Laidoner,_Johan, lk 43
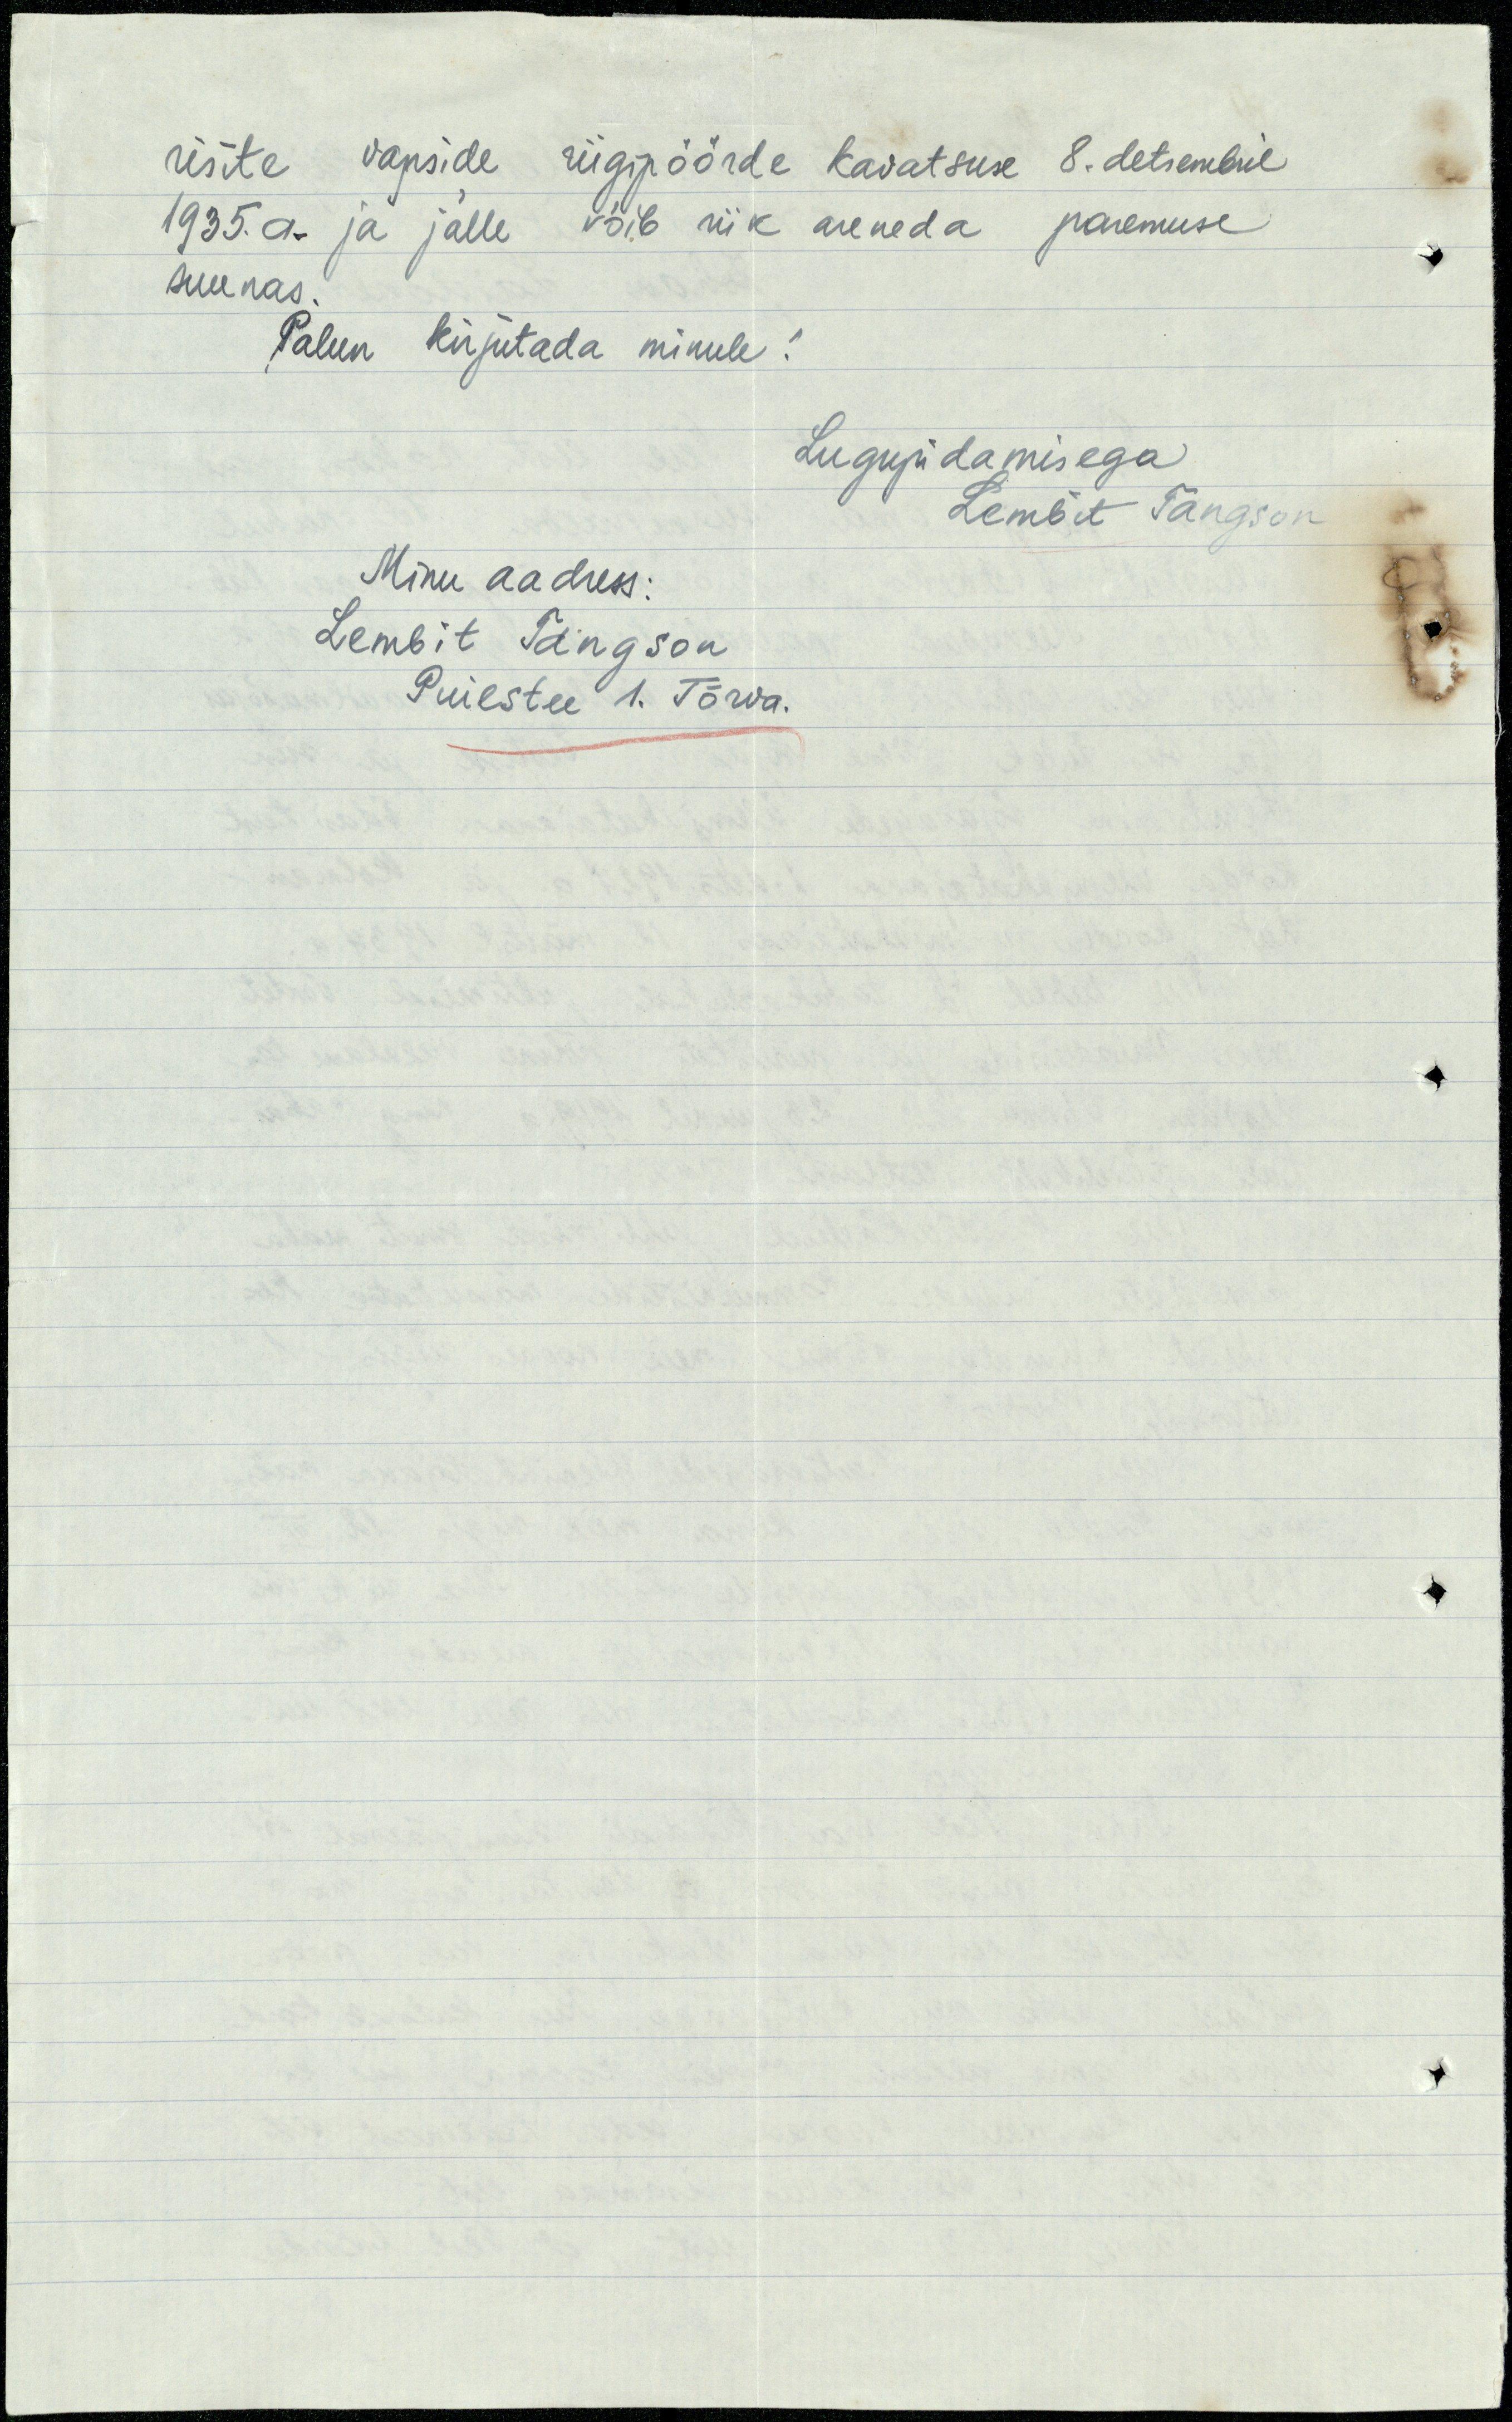
risite vapside riigipöörde kavatsuse 8. detsembril
1935. a. ja jälle võib riik areneda paremuse
suunas.
Palun kirjutada minule!
Lugupidamisega
Lembit Tangson
Minu aadress:
Lembit Tangson
Puiestee 1. Tõrva.